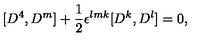
[ D ^ { 4 } , D ^ { m } ] + { \frac { 1 } { 2 } } \epsilon ^ { l m k } [ D ^ { k } , D ^ { l } ] = 0 ,